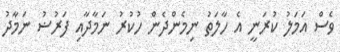
ވެސް އަމަލު ކުރަނީ އެ ހާލަތު ނިމެންދެން ހުކުރު ނަމާދާއި ފަރުޟު ނަމާދު